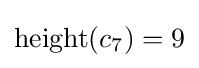
\operatorname {height} (c_{7})=9